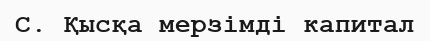
С. Қысқа мерзімді капитал